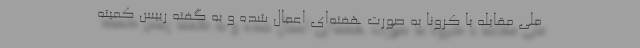
ملی مقابله با کرونا به صورت هفته‌ای اعمال شده و به گفته رییس کمیته